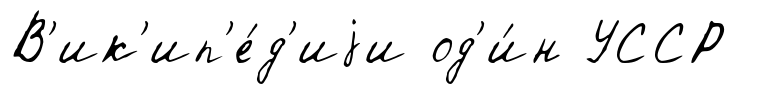
В'ик'ип'е́д'иjи од'и́н УССР